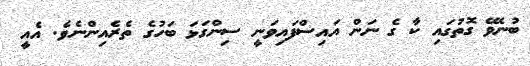
ބުނެވޭ ގޮތުގައި ކާ ގެ ނަން އައިސްފައިވަނީ ސިންގަޅަ ބަހުގެ ތެރެއިންނެވެ. އެއީ